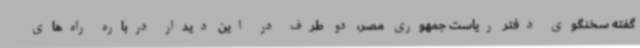
گفته سخنگوی دفتر ریاست جمهوری مصر، دو طرف در این دیدار درباره راه‌های